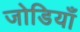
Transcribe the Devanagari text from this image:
जोडियाँ